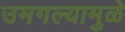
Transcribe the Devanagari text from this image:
उमगल्यामुळे